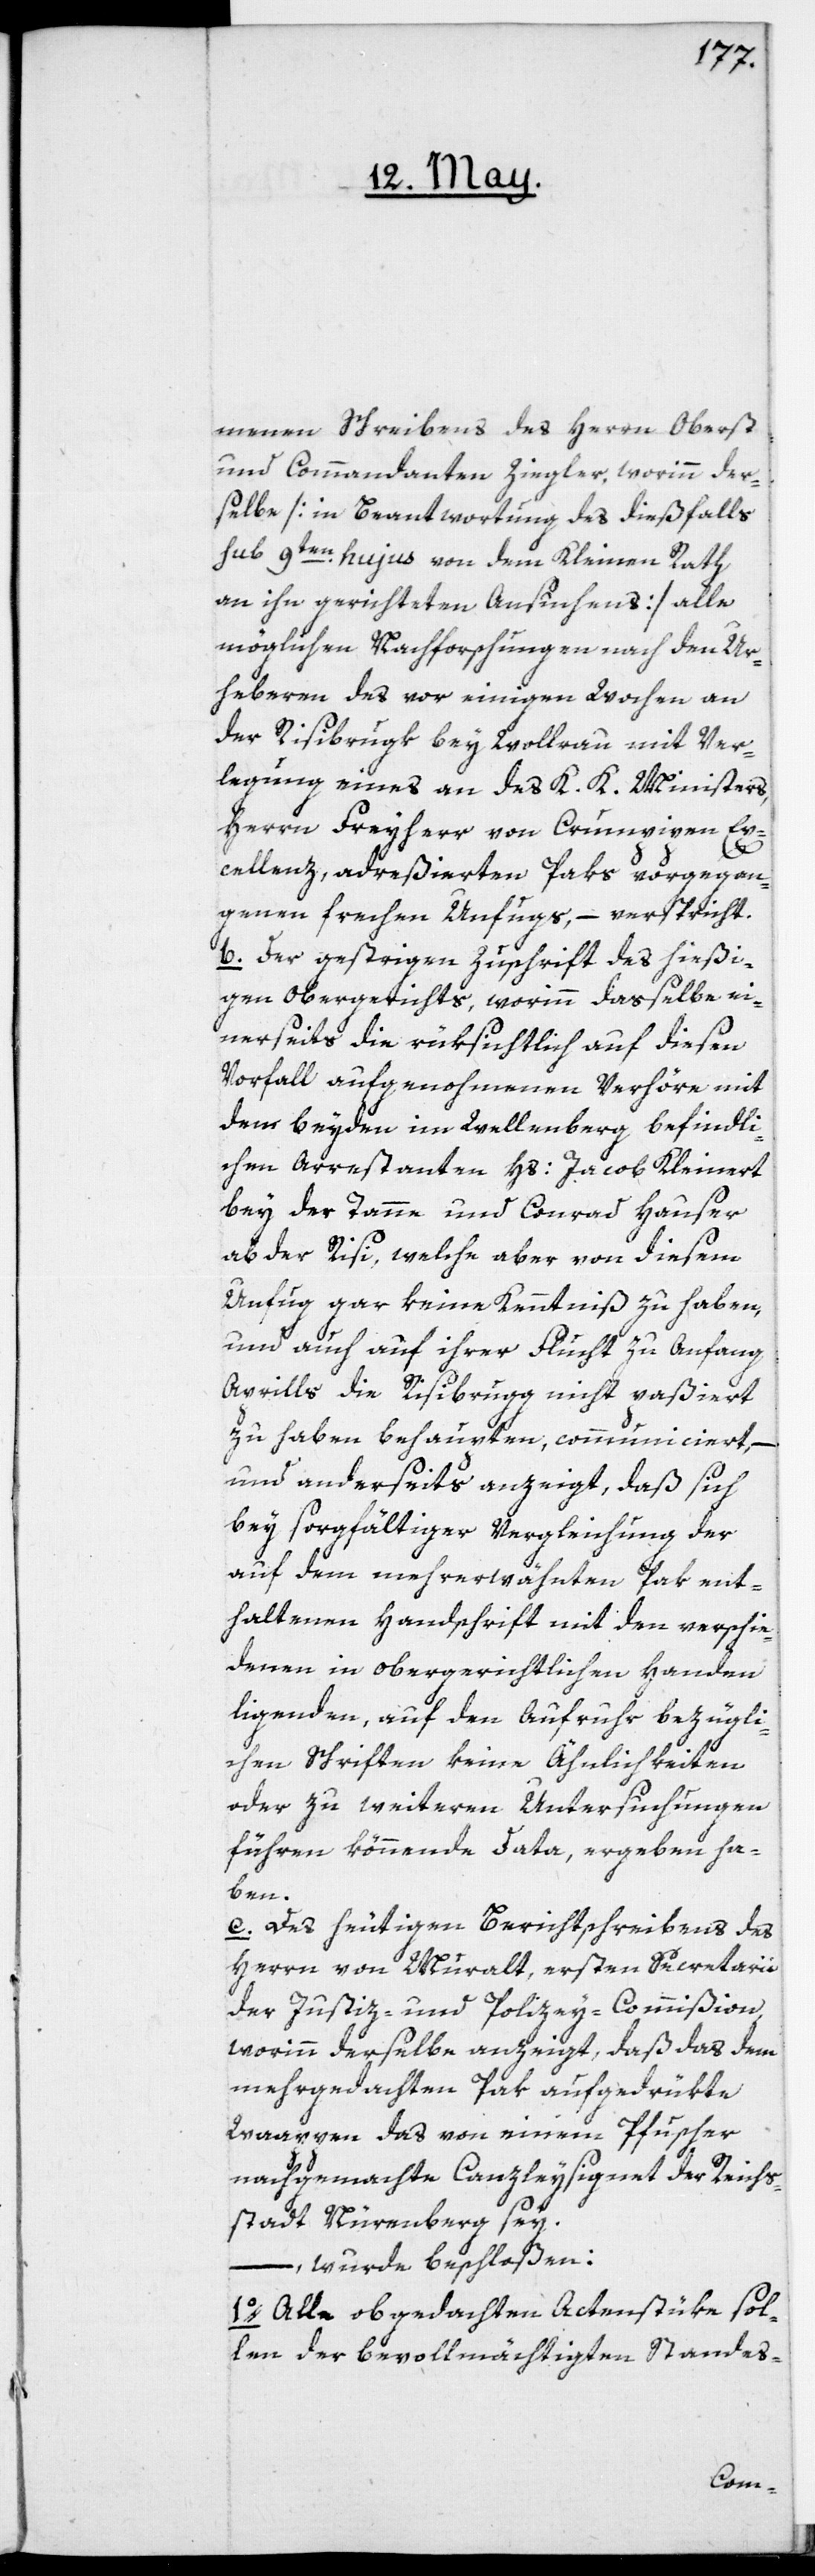
menen Schreibens des Herrn Oberst
und Commandanten Ziegler, worinn der¬
selbe [in Beantwortung des dießfalls
sub 9ten hujus von dem Kleinen Rath
an ihn gerichteten Ansuchens] alle
möglichen Nachforschungen nach den Ur¬
heberen des vor einigen Wochen an
der Risibrugk bey Wollerau mit Ver¬
legung eines an des K. K. Ministers,
Herrn Freyherr von Crumpipen Ex¬
cellenz, adreßierten Paks vorgegan¬
genen frechen Unfugs, – verspricht.
b. Der gestrigen Zuschrift des hießi¬
gen Obergerichts, worinn dasselbe ei¬
nerseits die rüksichtlich auf diesen
Vorfall aufgenommenen Verhöre, mit
den beyden im Wellenberg befindli¬
chen Arrestanten Hs: Jacob Kleinert
bey der Tanne und Conrad Hauser
ab der Risi, welche aber von diesem
Unfug gar keine Kenntniß zu haben,
und auch auf ihrer Flucht zu Anfang
Aprills die Risibrugg nicht paßiert
zu haben behaupten, communiciert, –
und anderseits anzeigt, daß sich
bey sorgfältiger Vergleichung der
auf dem mehrerwähnten Pak ent¬
haltene Handschrift mit den verschie¬
denen in obergerichtlichen Handen
ligenden, auf den Aufruhr bezügli¬
chen Schriften keine Ähnlichkeiten
oder zu weiteren Untersuchungen
führen könnende Data, ergeben ha¬
ben.
c. Des heutigen Berichtschreibens des
Herrn von Muralt, ersten Secretarii
der Justiz- und Polizey-Commißion,
worinn derselbe anzeigt, daß das dem
mehrgedachten Pak aufgedrükte
Wappen das von einem Pfuscher
nachgemachte Canzleysignet der Reichs¬
stadt Nürnberg sey,
– wurde beschloßen:
1o. Alle obgedachten Actenstüke sol¬
len der bevollmächtigten Standes-